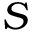
S